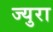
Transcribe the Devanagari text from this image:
ज्युरा